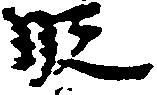
段